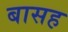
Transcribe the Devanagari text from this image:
बासह